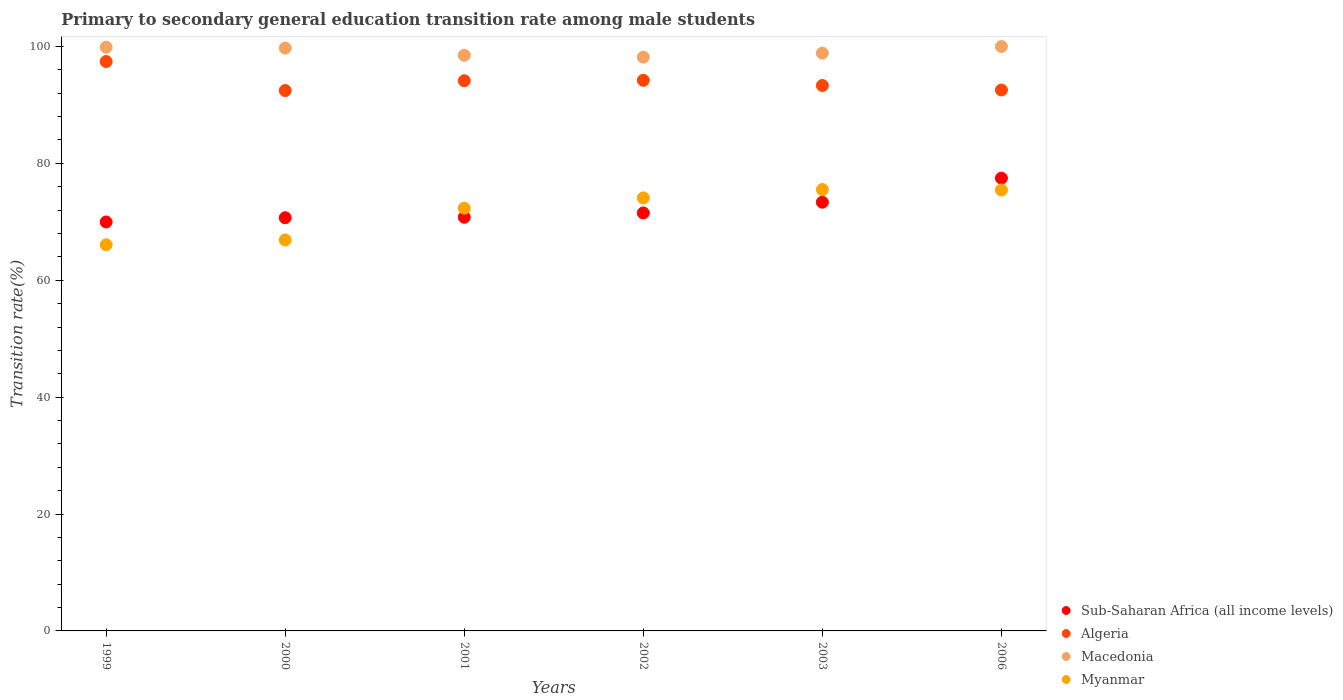
| Years | Sub-Saharan Africa (all income levels) | Algeria | Macedonia | Myanmar |
 | --- | --- | --- | --- | --- |
 | 1999 | 70 | 97.4 | 99.9 | 66.1 |
 | 2000 | 70.7 | 92.5 | 99.7 | 66.9 |
 | 2001 | 70.8 | 94.1 | 98.5 | 72.3 |
 | 2002 | 71.5 | 94.2 | 98.2 | 74.1 |
 | 2003 | 73.4 | 93.3 | 98.9 | 75.5 |
 | 2006 | 77.5 | 92.6 | 100 | 75.5 |